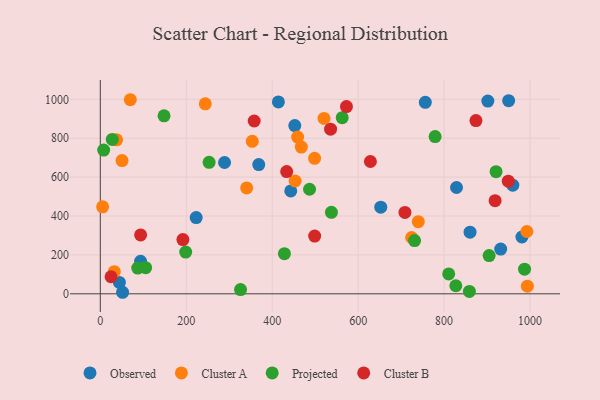
{"axis": {"x": "Study Hours", "y": "Demand"}, "legend": ["Cluster A", "Cluster B", "Observed", "Projected"], "data": [{"x": "443.2", "y": 528.8, "type": "Observed"}, {"x": "959.9", "y": 558.6, "type": "Observed"}, {"x": "756.3", "y": 984.5, "type": "Observed"}, {"x": "931.7", "y": 229.9, "type": "Observed"}, {"x": "828.9", "y": 546.6, "type": "Observed"}, {"x": "368.7", "y": 664.4, "type": "Observed"}, {"x": "950.2", "y": 993.1, "type": "Observed"}, {"x": "44.4", "y": 58.8, "type": "Observed"}, {"x": "93.7", "y": 166.9, "type": "Observed"}, {"x": "652.6", "y": 445.2, "type": "Observed"}, {"x": "901.8", "y": 991.0, "type": "Observed"}, {"x": "223.1", "y": 391.9, "type": "Observed"}, {"x": "981.1", "y": 292.2, "type": "Observed"}, {"x": "51.9", "y": 7.9, "type": "Observed"}, {"x": "289.1", "y": 675.2, "type": "Observed"}, {"x": "860.4", "y": 316.8, "type": "Observed"}, {"x": "452.6", "y": 865.0, "type": "Observed"}, {"x": "414.4", "y": 986.6, "type": "Observed"}, {"x": "453.4", "y": 579.9, "type": "Cluster A"}, {"x": "520.6", "y": 901.6, "type": "Cluster A"}, {"x": "353.6", "y": 784.1, "type": "Cluster A"}, {"x": "32.6", "y": 113.7, "type": "Cluster A"}, {"x": "498.7", "y": 696.6, "type": "Cluster A"}, {"x": "244.3", "y": 977.0, "type": "Cluster A"}, {"x": "467.8", "y": 754.2, "type": "Cluster A"}, {"x": "37.9", "y": 791.7, "type": "Cluster A"}, {"x": "459.2", "y": 805.8, "type": "Cluster A"}, {"x": "69.8", "y": 997.9, "type": "Cluster A"}, {"x": "993.8", "y": 39.3, "type": "Cluster A"}, {"x": "992.6", "y": 320.3, "type": "Cluster A"}, {"x": "50.6", "y": 685.1, "type": "Cluster A"}, {"x": "340.6", "y": 544.4, "type": "Cluster A"}, {"x": "724.5", "y": 289.5, "type": "Cluster A"}, {"x": "739.9", "y": 371.0, "type": "Cluster A"}, {"x": "5.4", "y": 447.0, "type": "Cluster A"}, {"x": "148.3", "y": 915.0, "type": "Projected"}, {"x": "105.5", "y": 134.6, "type": "Projected"}, {"x": "779.1", "y": 808.6, "type": "Projected"}, {"x": "827.3", "y": 41.5, "type": "Projected"}, {"x": "486.9", "y": 537.5, "type": "Projected"}, {"x": "537.8", "y": 418.9, "type": "Projected"}, {"x": "987.2", "y": 126.9, "type": "Projected"}, {"x": "7.8", "y": 739.2, "type": "Projected"}, {"x": "326.3", "y": 21.7, "type": "Projected"}, {"x": "87.1", "y": 132.2, "type": "Projected"}, {"x": "562.9", "y": 905.4, "type": "Projected"}, {"x": "858.9", "y": 12.2, "type": "Projected"}, {"x": "428.4", "y": 206.6, "type": "Projected"}, {"x": "27.8", "y": 794.0, "type": "Projected"}, {"x": "810.7", "y": 102.0, "type": "Projected"}, {"x": "198.7", "y": 214.8, "type": "Projected"}, {"x": "731.3", "y": 273.5, "type": "Projected"}, {"x": "904.8", "y": 196.7, "type": "Projected"}, {"x": "920.9", "y": 628.2, "type": "Projected"}, {"x": "253.2", "y": 675.8, "type": "Projected"}, {"x": "192.2", "y": 278.8, "type": "Cluster B"}, {"x": "93.8", "y": 303.0, "type": "Cluster B"}, {"x": "572.8", "y": 962.8, "type": "Cluster B"}, {"x": "949.4", "y": 579.1, "type": "Cluster B"}, {"x": "25.0", "y": 87.7, "type": "Cluster B"}, {"x": "874.1", "y": 890.7, "type": "Cluster B"}, {"x": "535.8", "y": 846.6, "type": "Cluster B"}, {"x": "708.9", "y": 418.7, "type": "Cluster B"}, {"x": "358.1", "y": 888.6, "type": "Cluster B"}, {"x": "628.5", "y": 680.3, "type": "Cluster B"}, {"x": "498.8", "y": 296.9, "type": "Cluster B"}, {"x": "433.7", "y": 628.6, "type": "Cluster B"}, {"x": "918.7", "y": 478.7, "type": "Cluster B"}]}